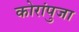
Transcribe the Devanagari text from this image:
कोरांपुजा